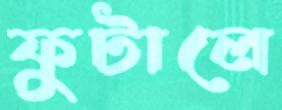
ফুটালে